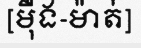
[ម៉ឺង-ម៉ាត់]